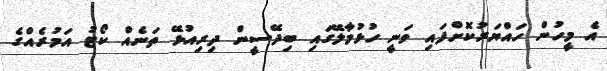
އެ މީހުން ހައްޔަރުކޮށްފައި ވަނީ ހުޅުމާލޭގައި ބިދޭސީން ދިރިއުޅޭ ތަނެއް ކޯޓު އަމުރެއްގެ